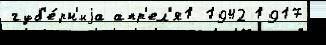
губ'е́рн'иjа апр'ел'я1 1942 1917